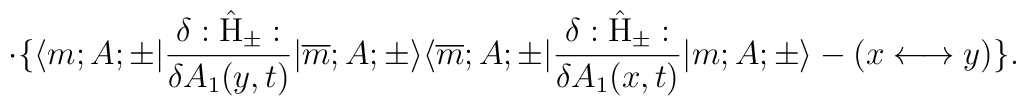
\cdot \{ \langle m;A;\pm|\frac{\delta : \hat{\rm H}_{\pm}:}{\delta A_1(y,t)}|\overline{m};A;\pm \rangle   \langle \overline{m};A;\pm| \frac{\delta :\hat{\rm H}_{\pm}:} {\delta A_1(x,t)}|m;A;\pm \rangle - (x \longleftrightarrow y) \}. \\